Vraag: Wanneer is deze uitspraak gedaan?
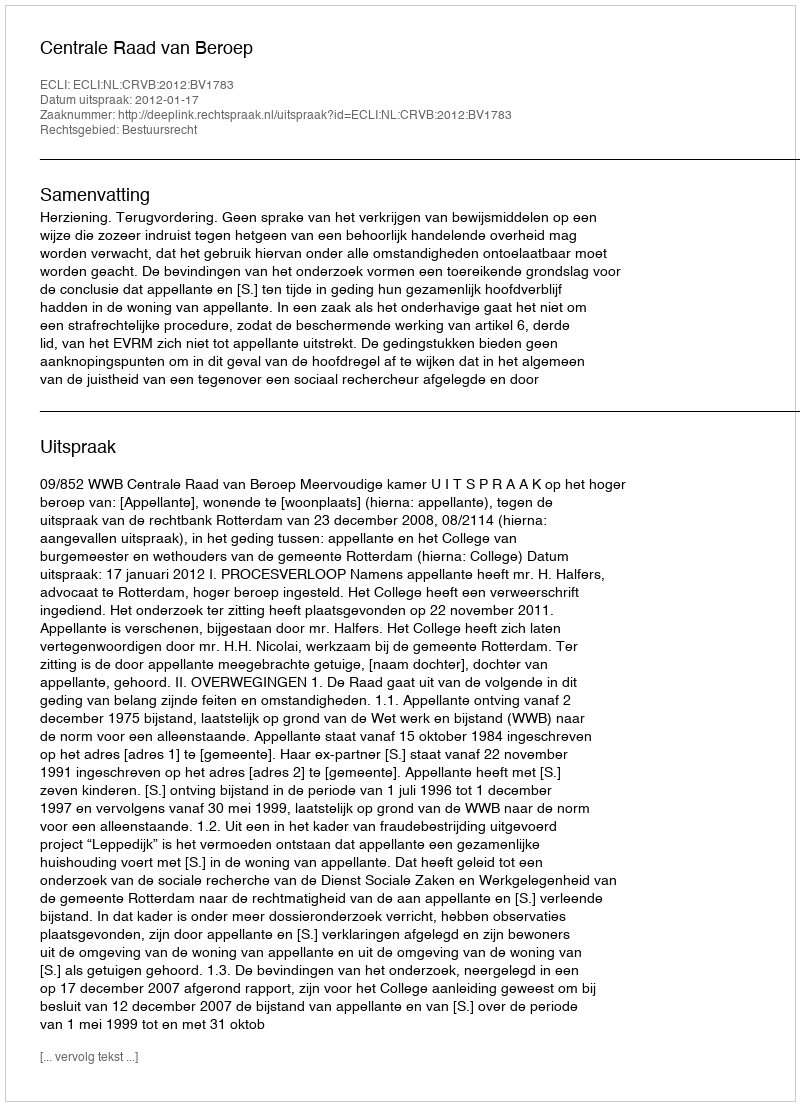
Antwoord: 2012-01-17